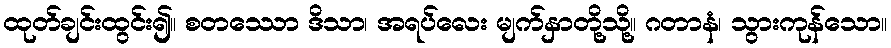
ထုတ်ချင်းထွင်း၍။ စတဿော ဒိသာ၊ အရပ်လေး မျက်နှာတို့သို့။ ဂတာနံ၊ သွားကုန်သော။